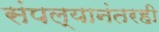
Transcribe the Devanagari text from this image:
संपल्यानंतरही